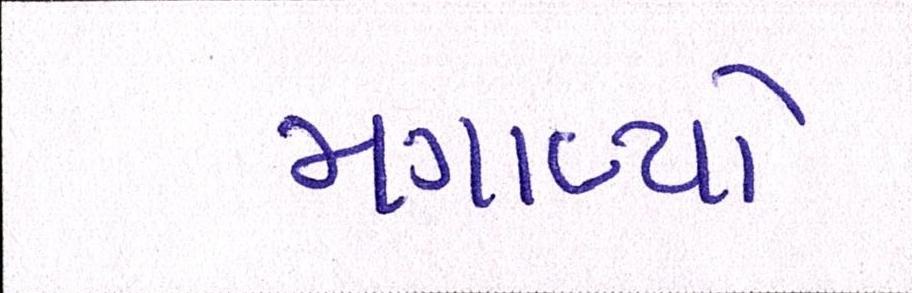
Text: મગાવ્યો